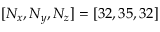
[ N _ { x } , N _ { y } , N _ { z } ] = [ 3 2 , 3 5 , 3 2 ]